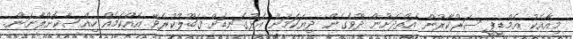
މިއާއެކު އެމްޑީޕީ ސަރުކާރުން އަތްދަށުން ދޫވެގެން ދިޔަކަމަށް އަޅުގަނޑަށް ޤަބޫލުކުރެވޭ އެއްކަމެއް ހިއްސާކޮށްލާނަން.